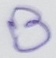
Text: B